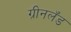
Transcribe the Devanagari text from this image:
ग्रीनलॅंड